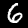
Label: 6